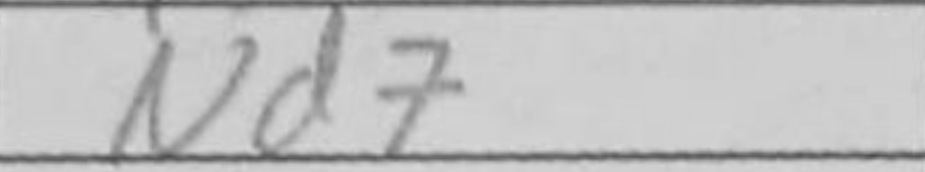
Transcription: Nd7